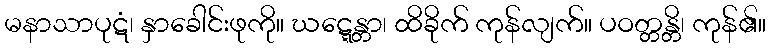
မနာသာပုဋံ၊ နှာခေါင်းဖုကို။ ဃဋ္ဋေန္တာ၊ ထိခိုက် ကုန်လျက်။ ပဝတ္တန္တိ၊ ကုန်၏။